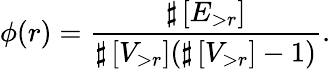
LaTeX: \phi(r)=\frac{\sharp\left[E_{>r}\right]}{\sharp\left[V_{>r}\right](\sharp\left[V_{>r}\right]-1)}.